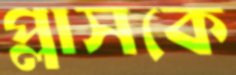
প্লাসকে